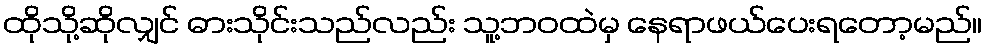
ထိုသို့ဆိုလျှင် ဓားသိုင်းသည်လည်း သူ့ဘဝထဲမှ နေရာဖယ်ပေးရတော့မည်။